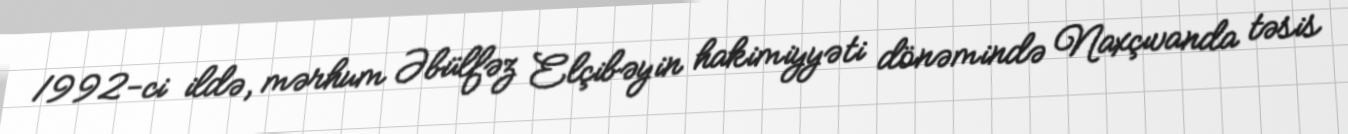
1992-ci ildə, mərhum Əbülfəz Elçibəyin hakimiyyəti dönəmində Naxçıvanda təsis